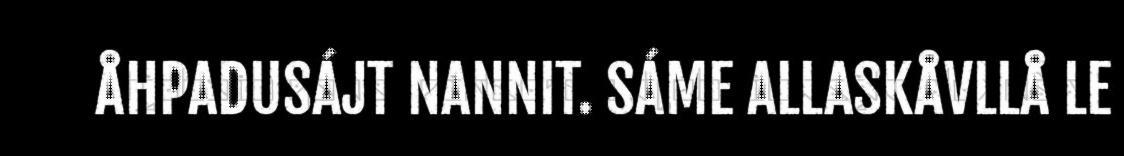
ÅHPADUSÁJT NANNIT. SÁME ALLASKÅVLLÅ LE